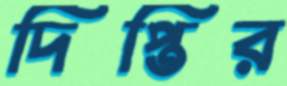
দিপ্তির